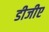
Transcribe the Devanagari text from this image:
डीजीए